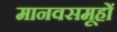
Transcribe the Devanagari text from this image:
मानवसमूहों